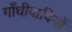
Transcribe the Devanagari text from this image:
गाँधीवादियों